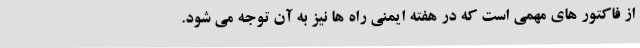
از فاکتور های مهمی است که در هفته ایمنی راه ها نیز به آن توجه می شود.